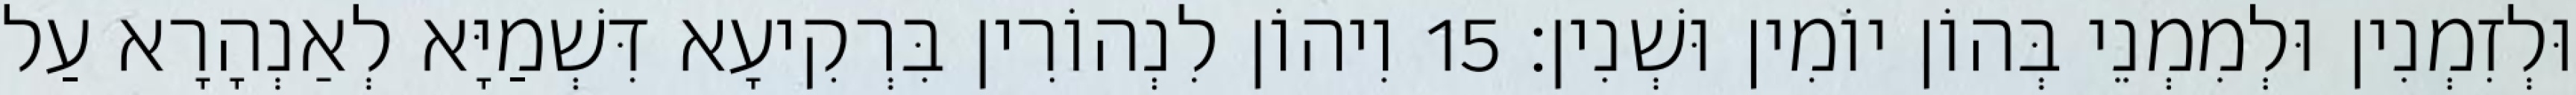
וּלְזִמְנִין וּלְמִמְנֵי בְּהוֹן יוֹמִין וּשְׁנִין׃ 15 וִיהוֹן לִנְהוֹרִין בִּרְקִיעָא דִּשְׁמַיָּא לְאַנְהָרָא עַל